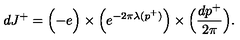
d J ^ { + } = \Bigl ( - e \Bigr ) \times \Bigl ( e ^ { - 2 \pi \lambda ( p ^ { + } ) } \Bigr ) \times \Bigl ( { \frac { d p ^ { + } } { 2 \pi } } \Bigr ) .